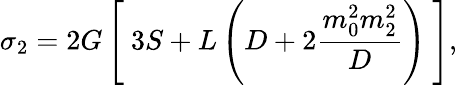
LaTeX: \sigma_{2}=2G\left[~3S+L\left(D+2{\frac{m_{0}^{2}m_{2}^{2}}{D}}\right)~\right],